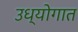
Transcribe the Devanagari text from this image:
उध्योगात